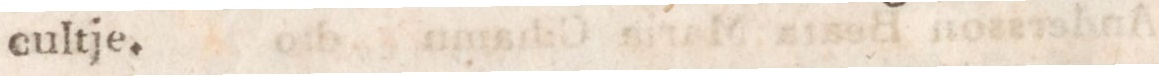
cultje.